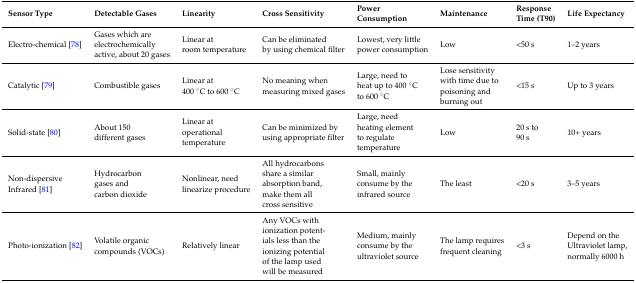
<table><thead><tr><td><b>Sensor Type</b></td><td><b>Detectable Gases</b></td><td><b>Linearity</b></td><td><b>Cross Sensitivity</b></td><td><b>Power Consumption</b></td><td><b>Maintenance</b></td><td><b>Response Time (T90)</b></td><td><b>Life Expectancy</b></td></tr></thead><tbody><tr><td>Electro-chemical [78]</td><td>Gases which are electrochemically active, about 20 gases</td><td>Linear at room temperature</td><td>Can be eliminated by using chemical filter</td><td>Lowest, very little power consumption</td><td>Low</td><td>&lt;50 s</td><td>1–2 years</td></tr><tr><td>Catalytic [79]</td><td>Combustible gases</td><td>Linear at 400 °C to 600 °C</td><td>No meaning when measuring mixed gases</td><td>Large, need to heat up to 400 °C to 600 °C</td><td>Lose sensitivity with time due to poisoning and burning out</td><td>&lt;15 s</td><td>Up to 3 years</td></tr><tr><td>Solid-state [80]</td><td>About 150 different gases</td><td>Linear at operational temperature</td><td>Can be minimized by using appropriate filter</td><td>Large, need heating element to regulate temperature</td><td>Low</td><td>20 s to 90 s</td><td>10+ years</td></tr><tr><td>Non-dispersive Infrared [81]</td><td>Hydrocarbon gases and carbon dioxide</td><td>Nonlinear, need linearize procedure</td><td>All hydrocarbons share a similar absorption band, make them all cross sensitive</td><td>Small, mainly consume by the infrared source</td><td>The least</td><td>&lt;20 s</td><td>3–5 years</td></tr><tr><td>Photo-ionization [82]</td><td>Volatile organic compounds (VOCs)</td><td>Relatively linear</td><td>Any VOCs with ionization potent- ials less than the ionizing potential of the lamp used will be measured</td><td>Medium, mainly consume by the ultraviolet source</td><td>The lamp requires frequent cleaning</td><td>&lt;3 s</td><td>Depend on the Ultraviolet lamp, normally 6000 h</td></tr></tbody></table>